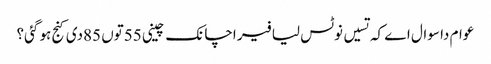
عوام دا سوال اے کہ تسیں نوٹس لیا فیر اچانک چینی 55توں 85دی کنج ہو گئی؟